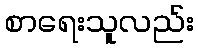
စာရေးသူလည်း